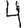
Digit: 4